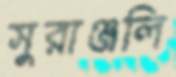
সুরাঞ্জলি